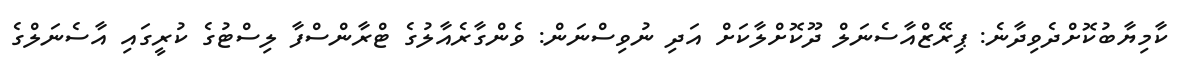
ކާމިޔާބުކޮށްދެވިދާނެ: ޕިރޭޒްއާސެނަލް ދޫކޮށްލާކަށް އަދި ނުވިސްނަން: ވެންގާރެއާލުގެ ޓްރާންސްފާ ލިސްޓުގެ ކުރީގައި އާސެނަލްގެ